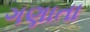
ગણાતા